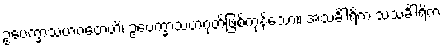
ဥပေက္ခာသဟဂတေဟိ၊ ဥပေက္ခာသဟဂုတ်ဖြစ်ကုန်သော။ အသင်္ခါရိက သသင်္ခါရိက